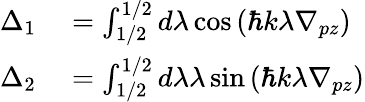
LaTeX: \begin{array}{rl}{\Delta_{1}}&{{}=\int_{1/2}^{1/2}d\lambda\cos{(\hbar k\lambda\nabla_{pz})}}\\ {\Delta_{2}}&{{}=\int_{1/2}^{1/2}d\lambda\lambda\sin{(\hbar k\lambda\nabla_{pz})}}\end{array}